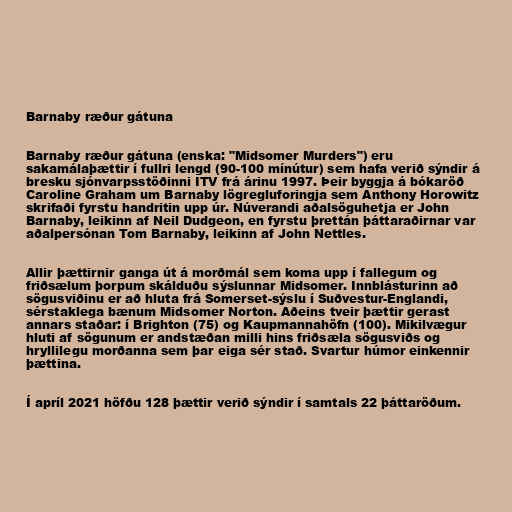
Barnaby ræður gátuna

Barnaby ræður gátuna (enska: "Midsomer Murders") eru
sakamálaþættir í fullri lengd (90-100 mínútur) sem hafa verið sýndir á
bresku sjónvarpsstöðinni ITV frá árinu 1997. Þeir byggja á bókaröð
Caroline Graham um Barnaby lögregluforingja sem Anthony Horowitz
skrifaði fyrstu handritin upp úr. Núverandi aðalsöguhetja er John
Barnaby, leikinn af Neil Dudgeon, en fyrstu þrettán þáttaraðirnar var
aðalpersónan Tom Barnaby, leikinn af John Nettles.

Allir þættirnir ganga út á morðmál sem koma upp í fallegum og
friðsælum þorpum skálduðu sýslunnar Midsomer. Innblásturinn að
sögusviðinu er að hluta frá Somerset-sýslu í Suðvestur-Englandi,
sérstaklega bænum Midsomer Norton. Aðeins tveir þættir gerast
annars staðar: í Brighton (75) og Kaupmannahöfn (100). Mikilvægur
hluti af sögunum er andstæðan milli hins friðsæla sögusviðs og
hryllilegu morðanna sem þar eiga sér stað. Svartur húmor einkennir
þættina.

Í apríl 2021 höfðu 128 þættir verið sýndir í samtals 22 þáttaröðum.